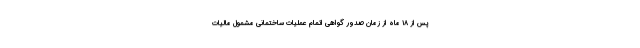
پس از ۱۸ ماه از زمان صدور گواهی اتمام عملیات ساختمانی مشمول مالیات